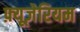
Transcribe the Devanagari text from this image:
फ़्यूज़ेरियम